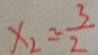
x _ { 2 } = \frac { 3 } { 2 }